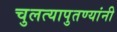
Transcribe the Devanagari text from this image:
चुलत्यापुतण्यांनी